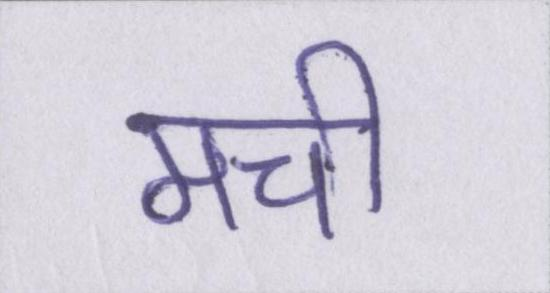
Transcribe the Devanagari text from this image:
मची